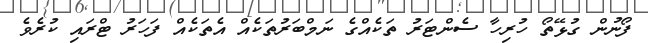
ފޯނުން ގުޅޭތޯ ހުރިހާ ސެންޓަރު ތަކެއްގެ ނަމްބަރުތަކެއް އެތަކެއް ފަހަރު ޓްރައި ކުރެވެ